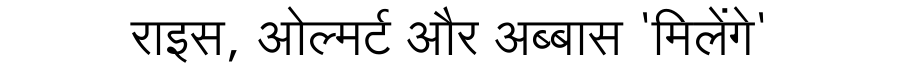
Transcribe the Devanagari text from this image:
राइस, ओल्मर्ट और अब्बास 'मिलेंगे'